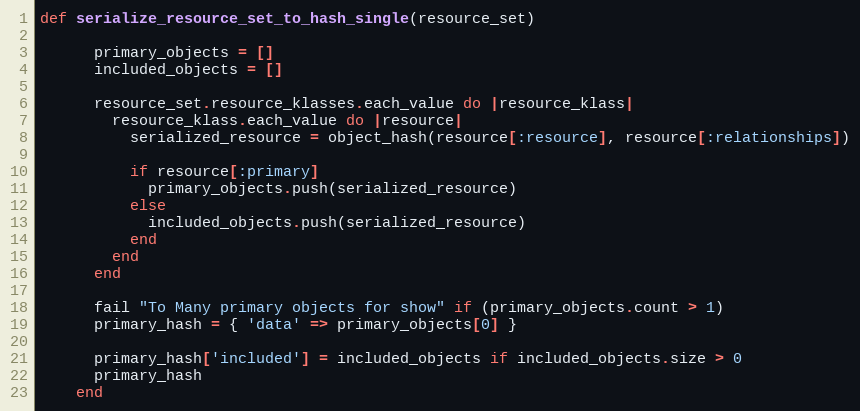
Language: Ruby
def serialize_resource_set_to_hash_single(resource_set)

      primary_objects = []
      included_objects = []

      resource_set.resource_klasses.each_value do |resource_klass|
        resource_klass.each_value do |resource|
          serialized_resource = object_hash(resource[:resource], resource[:relationships])

          if resource[:primary]
            primary_objects.push(serialized_resource)
          else
            included_objects.push(serialized_resource)
          end
        end
      end

      fail "To Many primary objects for show" if (primary_objects.count > 1)
      primary_hash = { 'data' => primary_objects[0] }

      primary_hash['included'] = included_objects if included_objects.size > 0
      primary_hash
    end